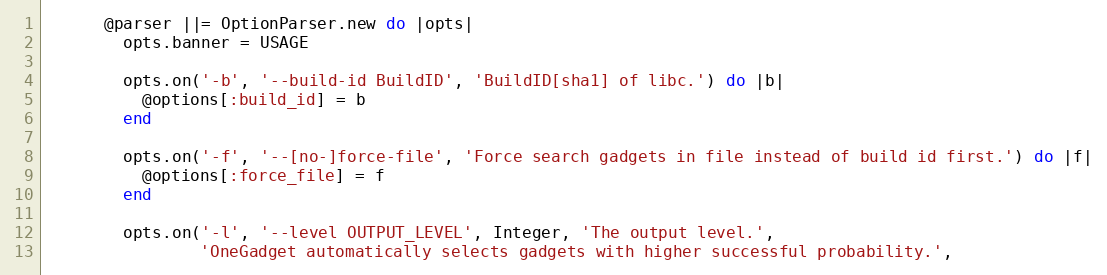
Language: Ruby
      @parser ||= OptionParser.new do |opts|
        opts.banner = USAGE

        opts.on('-b', '--build-id BuildID', 'BuildID[sha1] of libc.') do |b|
          @options[:build_id] = b
        end

        opts.on('-f', '--[no-]force-file', 'Force search gadgets in file instead of build id first.') do |f|
          @options[:force_file] = f
        end

        opts.on('-l', '--level OUTPUT_LEVEL', Integer, 'The output level.',
                'OneGadget automatically selects gadgets with higher successful probability.',